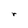
Character: r